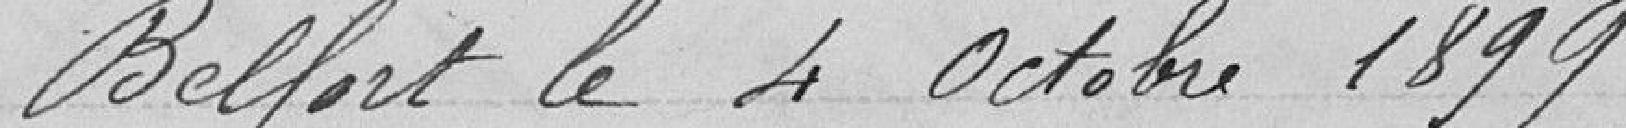
Belfort le 4 Octobre 1899